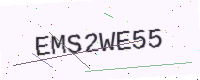
Text: EMS2WE55